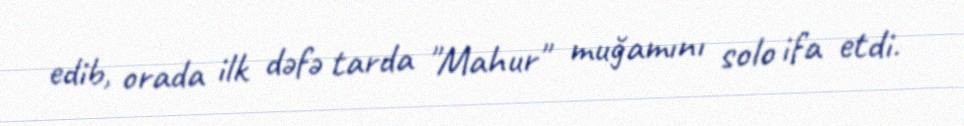
edib, orada ilk dəfə tarda "Mahur" muğamını solo ifa etdi.